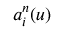
a _ { i } ^ { n } ( u )